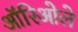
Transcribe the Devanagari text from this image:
ऑरिओले